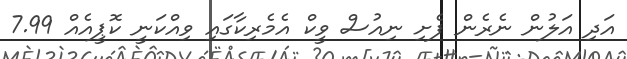
އަދި އަލުން ނެރެން ފެށި ނިއުސް ވީކް އެމެރިކާގައި ވިއްކަނީ ކޮޕީއެއް 7.99